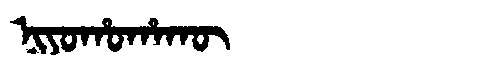
Manchu: ᠨᡳᠶᠣᡥᠣᡥᠠᡴᡡ
Romanization: NIYOHOHAKŪ